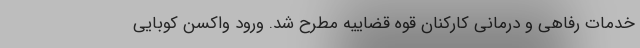
خدمات رفاهی و درمانی کارکنان قوه قضاییه مطرح شد. ورود واکسن کوبایی